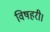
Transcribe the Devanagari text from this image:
विषहरी।